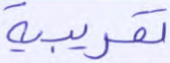
تقريبية